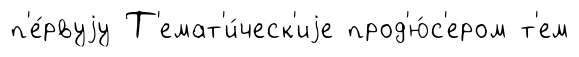
п'е́рвуjу Т'емат'и́ческ'иjе прод'ю́с'ером т'ем